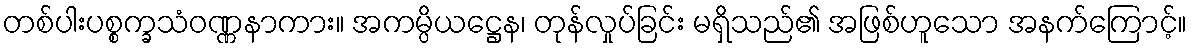
တစ်ပါးပစ္စက္ခသံဝဏ္ဏနာကား။ အကမ္ပိယဋ္ဌေန၊ တုန်လှုပ်ခြင်း မရှိသည်၏ အဖြစ်ဟူသော အနက်ကြောင့်။